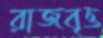
রাজবৃত্ত